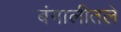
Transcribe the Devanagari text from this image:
बंगालीतले